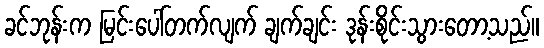
ခင်ဘုန်းက မြင်းပေါ်တက်လျက် ချက်ချင်း ဒုန်းစိုင်းသွားတော့သည်။